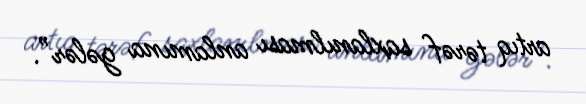
artıq tərəf saxlanılması anlamına gələr”.